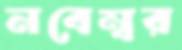
নবেম্বর